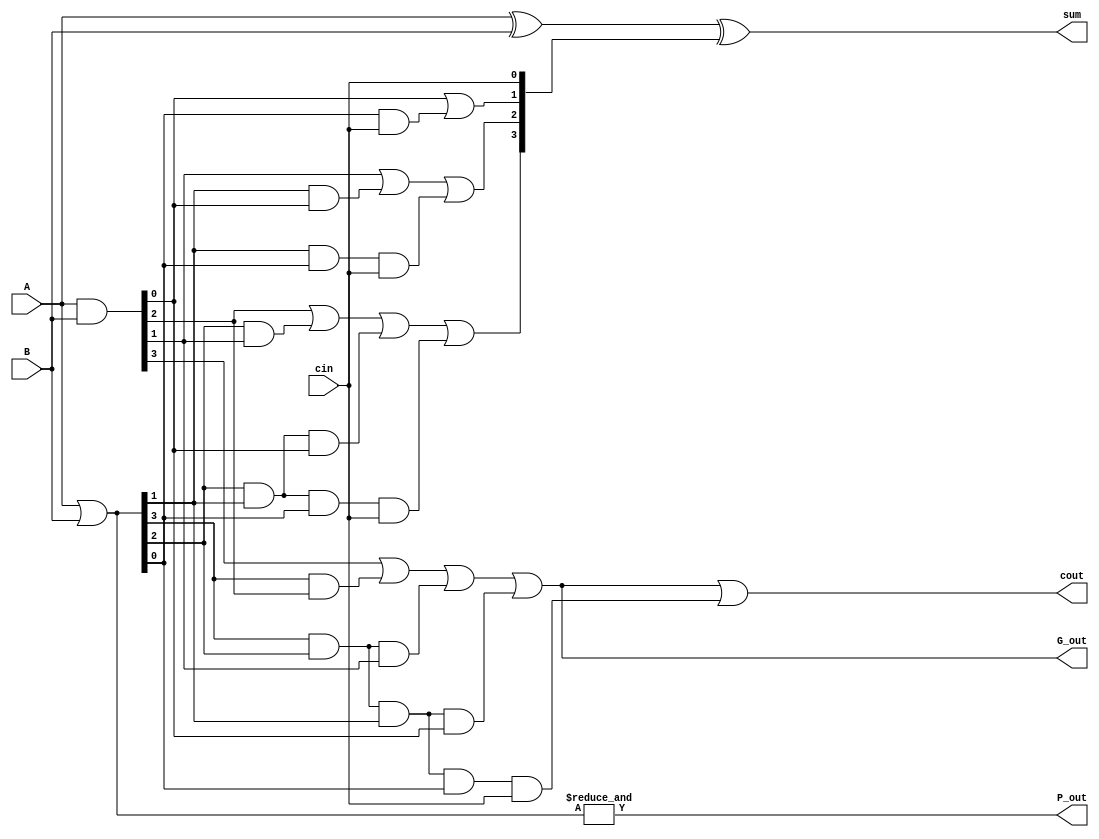
module cla_4(A, B, cin, sum, cout, P_out, G_out);

  input [3:0] A, B;
  input cin;
  output [3:0] sum;
  output cout, P_out, G_out;


  wire [3:0] C, P, G;

/////////////////////////////////////////
// 		PROPAGATE              //
/////////////////////////////////////////
  assign P = A | B;
  assign P_out = &P;

/////////////////////////////////////////
// 		GENERATE	       //
/////////////////////////////////////////
  assign G = A & B;
  assign G_out = G[3] | (P[3] & G[2]) | (P[3] & P[2] & G[1]) | (P[3] & P[2] & P[1] & G[0]);

/////////////////////////////////////////
// 		CARRY BIT	       //
/////////////////////////////////////////
  assign C[0] = cin;
  assign C[1] = G[0] | (P[0] & C[0]);
  assign C[2] = G[1] | (P[1] & G[0]) | (P[1] & P[0] & C[0]);
  assign C[3] = G[2] | (P[2] & G[1]) | (P[2] & P[1] & G[0]) | (P[2] & P[1] & P[0] & C[0]);
  assign cout = G[3] | (P[3] & G[2]) | (P[3] & P[2] & G[1]) | (P[3] & P[2] & P[1] & G[0]) | (P[3] & P[2] & P[1] & P[0] & C[0]);

/////////////////////////////////////////
// 		 SUM 	               //
/////////////////////////////////////////
  assign sum = A ^ B ^ C;

endmodule